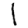
Digit: 1